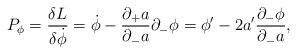
LaTeX: \begin{align*}P_\phi={{\delta L}\over{\delta\dot\phi}}=\dot\phi-{{\partial_+a}\over{\partial_-a}}\partial_-\phi=\phi'-{2a'}{{\partial_-\phi}\over{\partial_-a}},\end{align*}